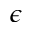
\epsilon